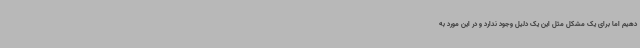
دهیم اما برای یک مشکل مثل این یک دلیل وجود ندارد و در این مورد به